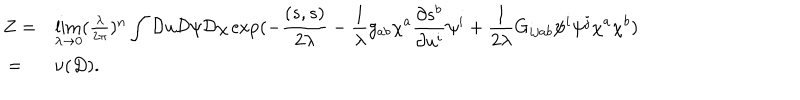
\begin{array} { l l } { { Z = } } & { { \lim _ { \lambda \rightarrow 0 } ( \frac { \lambda } { 2 \pi } ) ^ { n } \displaystyle \int { \cal D } u { \cal D } \psi { \cal D } \chi \exp ( - \frac { ( s , s ) } { 2 \lambda } - \frac { 1 } { \lambda } g _ { a b } \chi ^ { a } \frac { \partial s ^ { b } } { \partial { u ^ { i } } } \psi ^ { i } + \frac { 1 } { 2 \lambda } G _ { i j a b } \psi ^ { i } \psi ^ { j } \chi ^ { a } \chi ^ { b } ) } } \\ { { ~ = } } & { { \nu ( D ) . } } \\ \end{array}